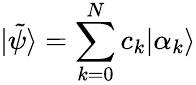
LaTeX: |\tilde{\psi}\rangle=\sum_{k=0}^{N}c_{k}|\alpha_{k}\rangle